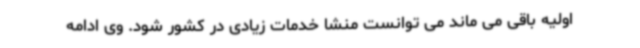
اولیه باقی می ماند می توانست منشا خدمات زیادی در کشور شود. وی ادامه